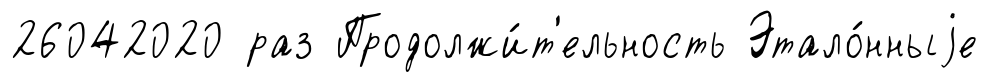
26042020 раз Продолжи́т'ельность Этало́нныjе